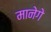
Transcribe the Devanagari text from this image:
मानेगे